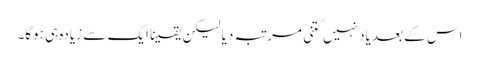
اس کے بعد یاد نہیں کتنی مرتبہ دیا لیکن یقینا ایک سے زیادہ ہی ہوگا۔